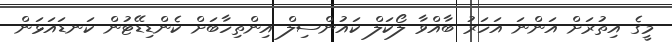
މީގެ އިތުރަށް އަންނަ އަހަރު ބާއްވާ ލޯކަލް ކައުންސިލް އިންތިހާބަށް ކެންޑިޑޭޓުން ކަނޑައަޅަން